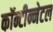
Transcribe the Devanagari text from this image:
कॉन्टीन्नेटल